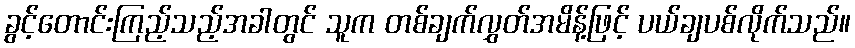
ခွင့်တောင်းကြည့်သည့်အခါတွင် သူက တစ်ချက်လွှတ်အမိန့်ဖြင့် ပယ်ချပစ်လိုက်သည်။